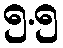
၅.၅